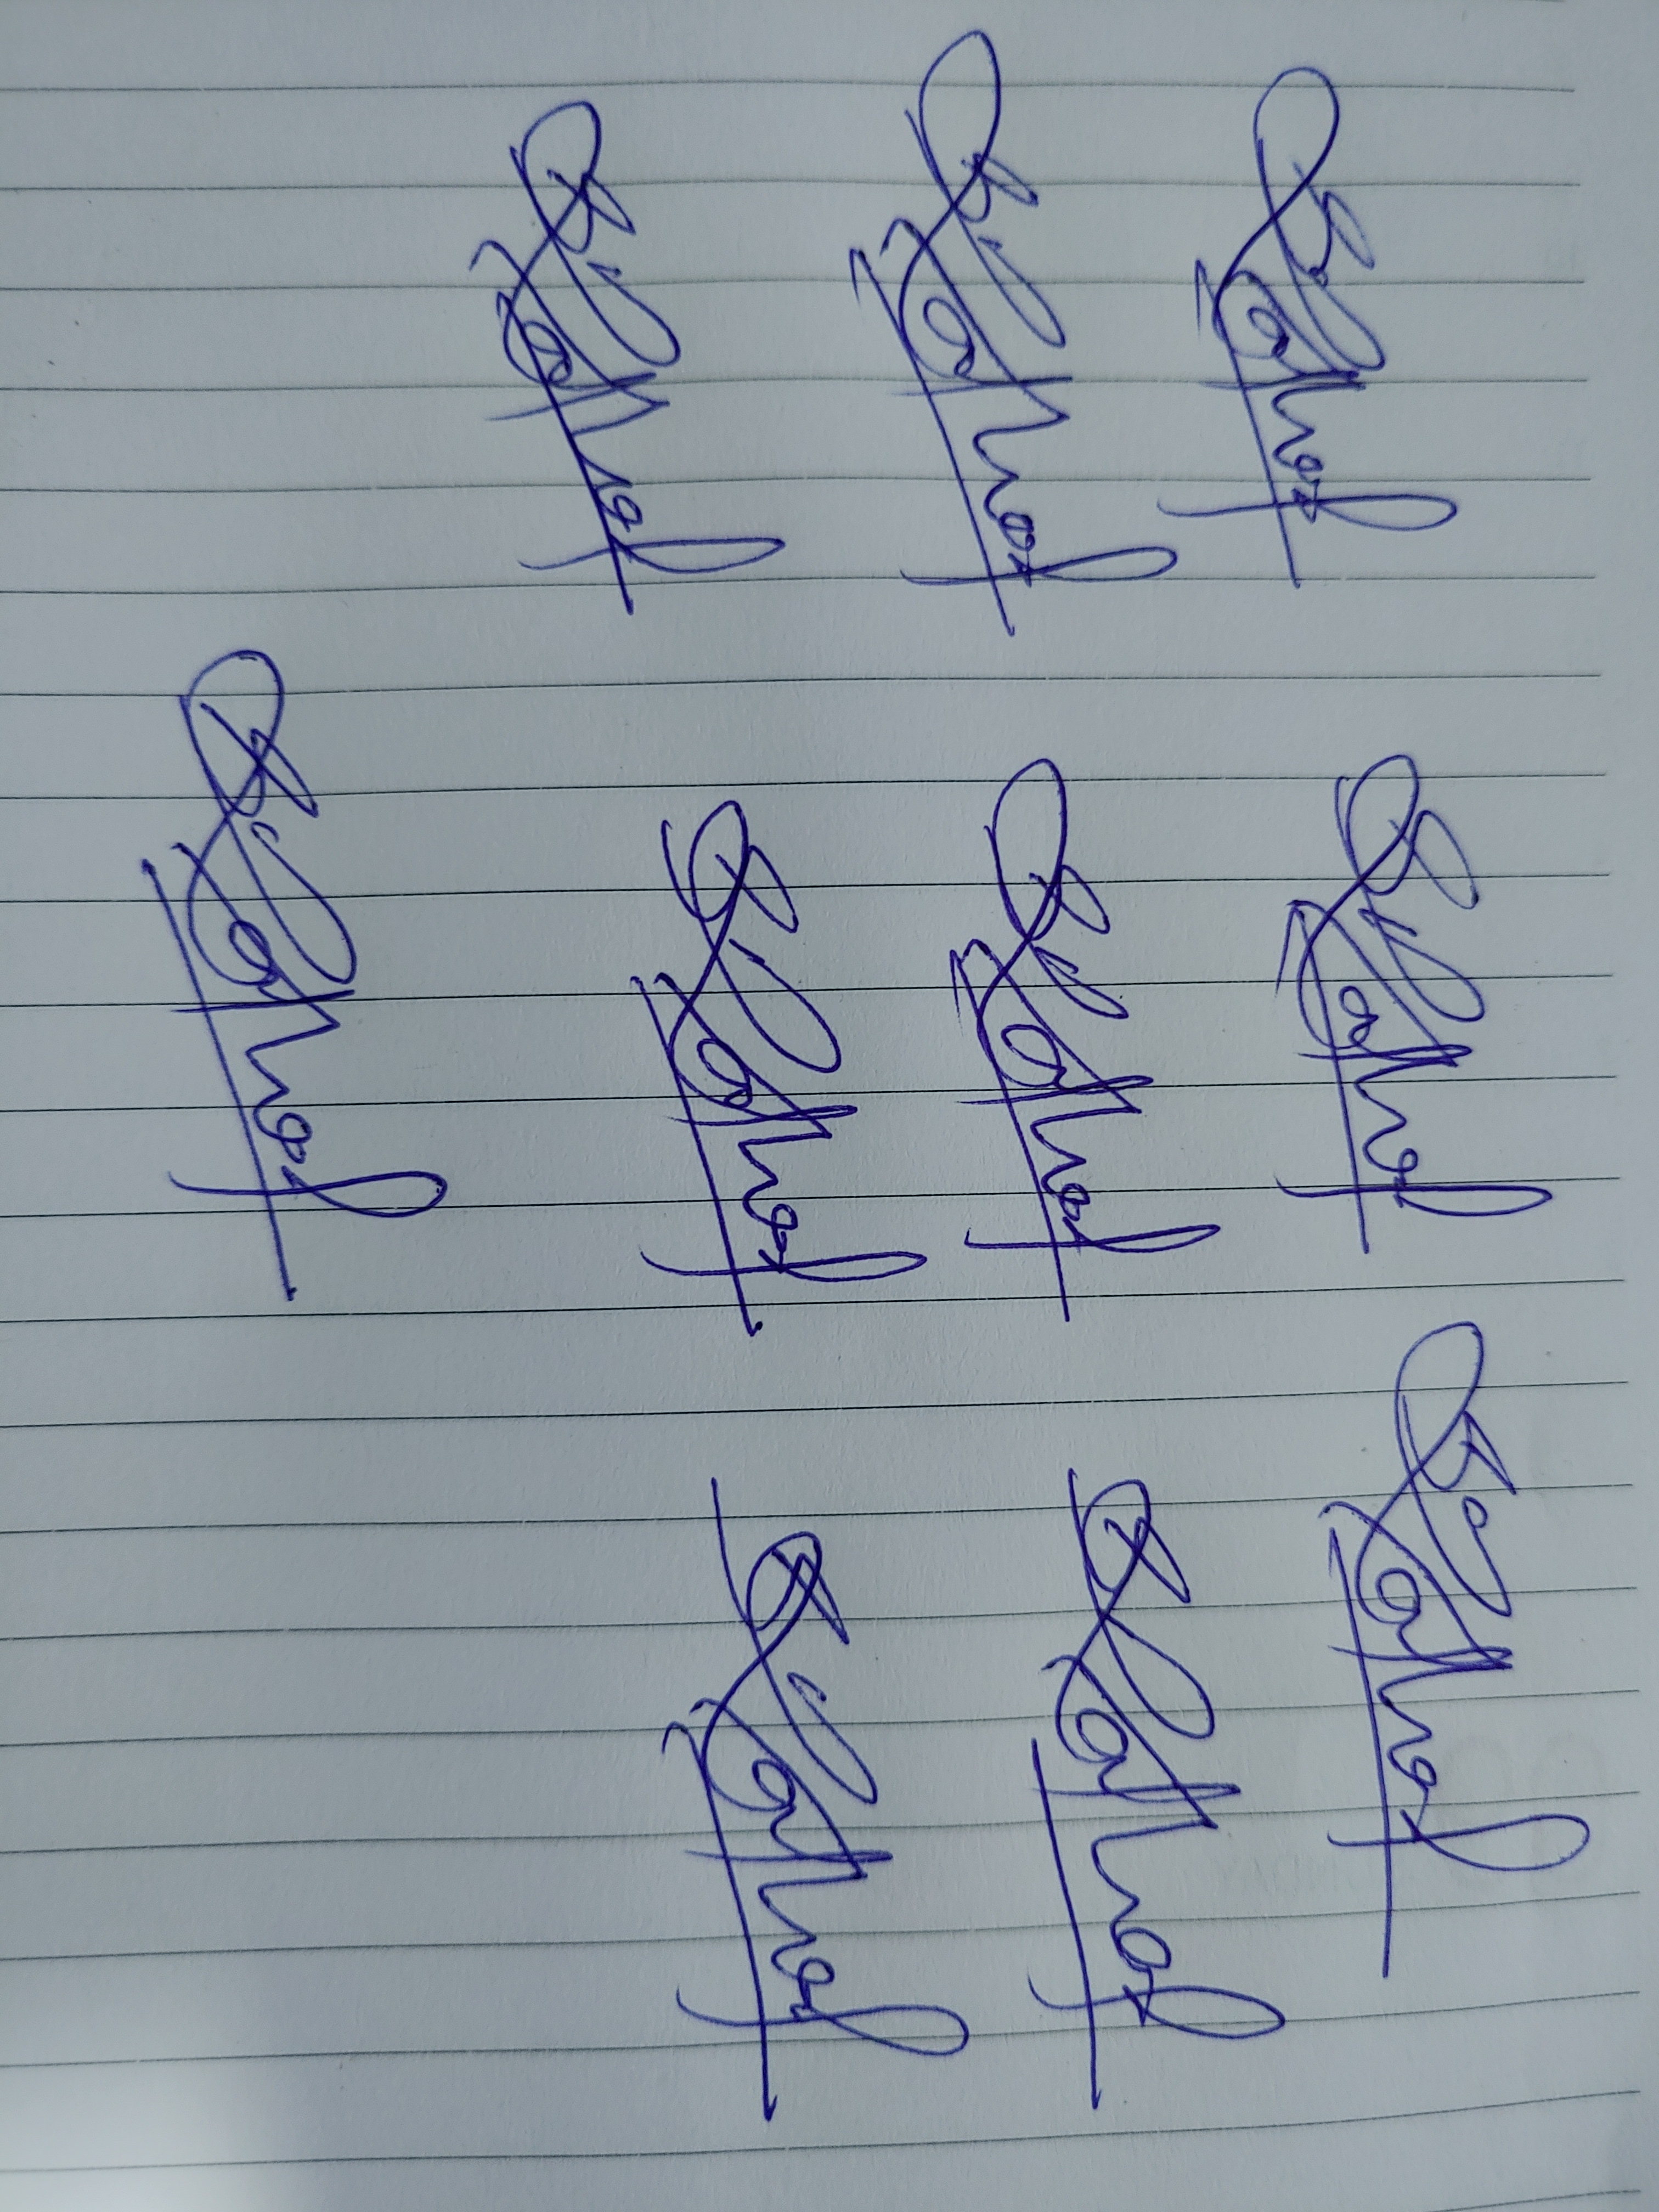
Signature authenticity: genuine